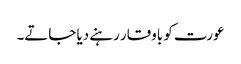
عورت کو باوقار رہنے دیا جاتے۔